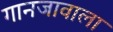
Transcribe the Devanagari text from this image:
गानजावाला